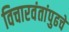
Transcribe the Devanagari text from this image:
विचारवंतांपुढचे